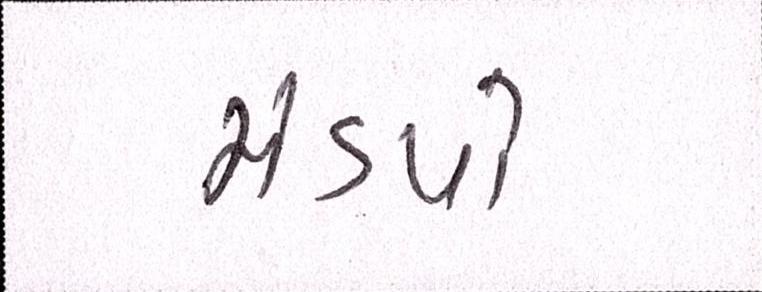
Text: મંડપો